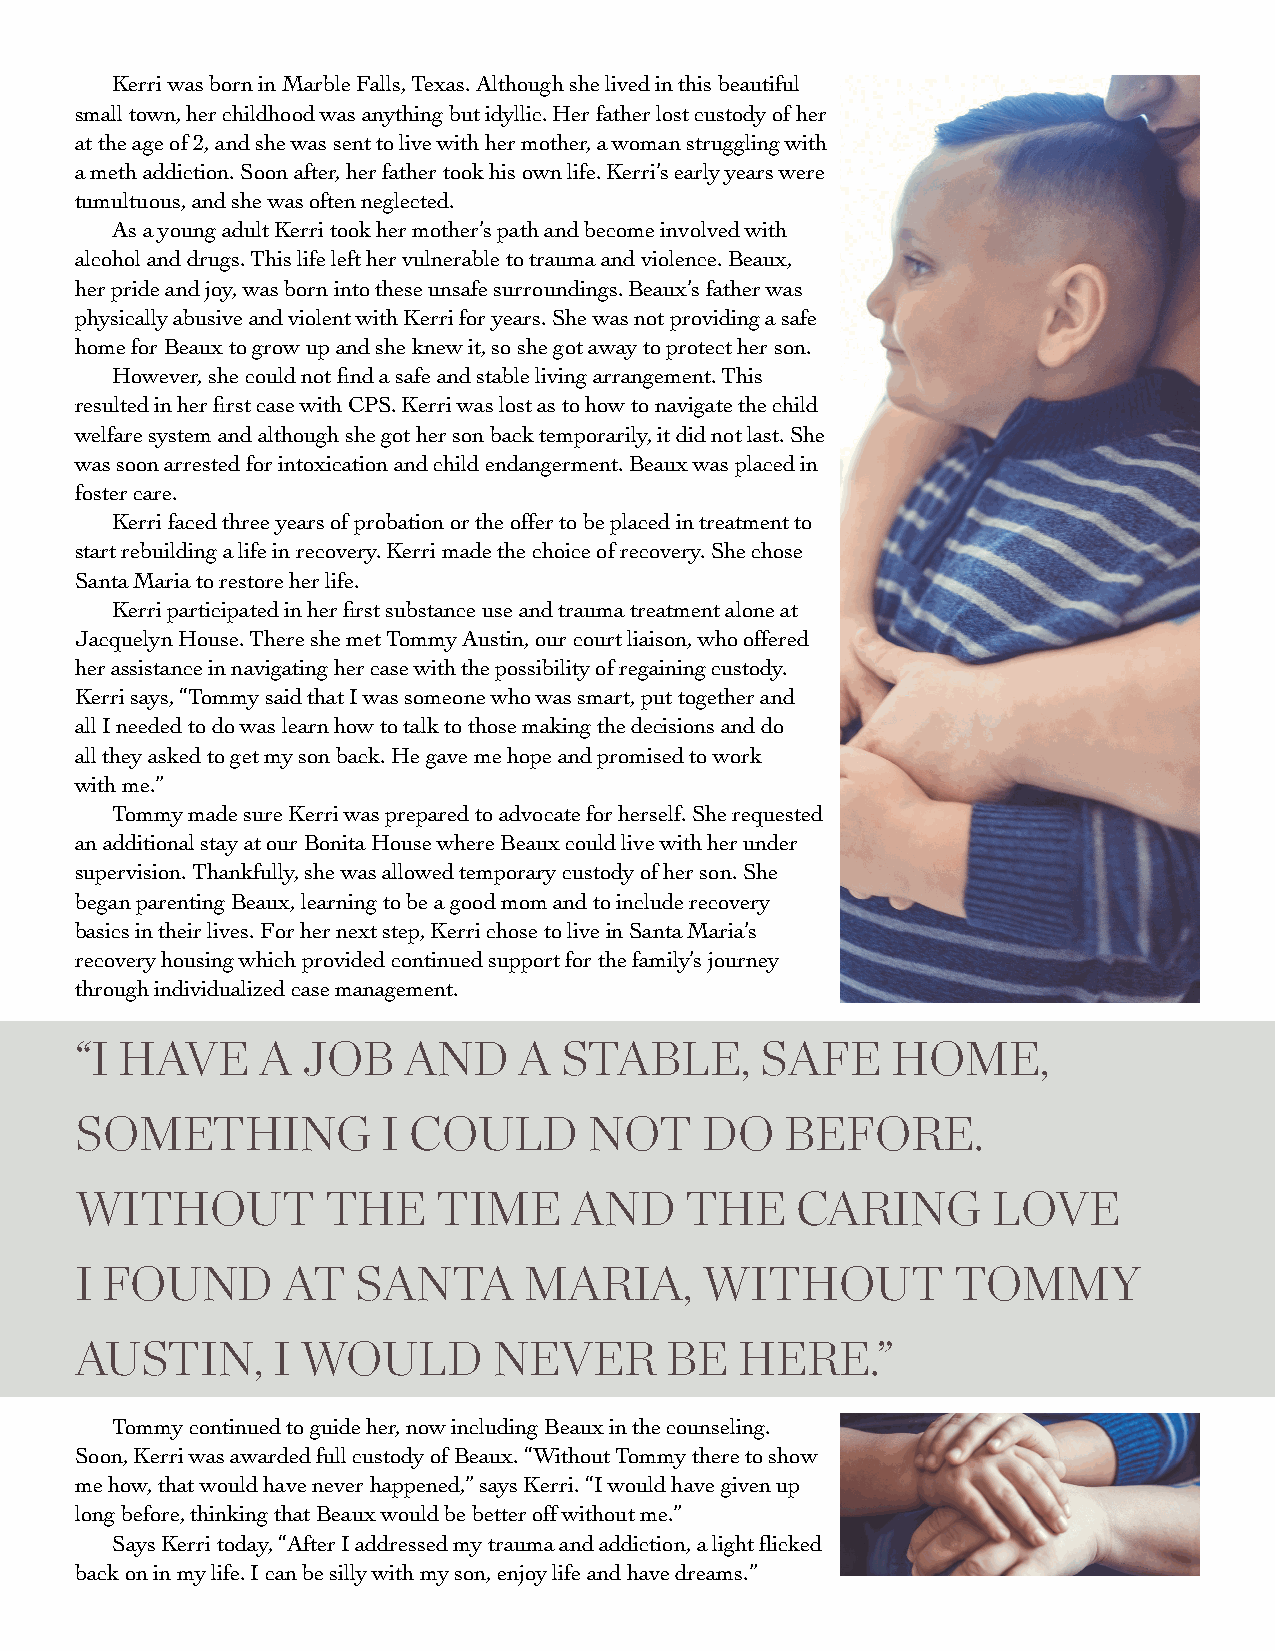
Kerri was born in Marble Falls, Texas. Although she lived in this beautiful
 small town, her childhood was anything but idyllic. Her father lost custody of her
 at the age of 2, and she was sent to live with her mother, a woman struggling with
 a meth addiction. Soon after, her father took his own life. Kerri’s early years were
 tumultuous, and she was often neglected.
 As a young adult Kerri took her mother’s path and become involved with
 alcohol and drugs. This life left her vulnerable to trauma and violence. Beaux,
 her pride and joy, was born into these unsafe surroundings. Beaux’s father was
 physically abusive and violent with Kerri for years. She was not providing a safe
 home for Beaux to grow up and she knew it, so she got away to protect her son.
 However, she could not find a safe and stable living arrangement. This
 resulted in her first case with CPS. Kerri was lost as to how to navigate the child
 welfare system and although she got her son back temporarily, it did not last. She
 was soon arrested for intoxication and child endangerment. Beaux was placed in
 foster care.
 Kerri faced three years of probation or the offer to be placed in treatment to
 start rebuilding a life in recovery. Kerri made the choice of recovery. She chose
 Santa Maria to restore her life.
 Kerri participated in her first substance use and trauma treatment alone at
 Jacquelyn House. There she met Tommy Austin, our court liaison, who offered
 her assistance in navigating her case with the possibility of regaining custody.
 Kerri says, “Tommy said that I was someone who was smart, put together and
 all I needed to do was learn how to talk to those making the decisions and do
 all they asked to get my son back. He gave me hope and promised to work
 with me.”
 Tommy made sure Kerri was prepared to advocate for herself. She requested
 an additional stay at our Bonita House where Beaux could live with her under
 supervision. Thankfully, she was allowed temporary custody of her son. She
 began parenting Beaux, learning to be a good mom and to include recovery
 basics in their lives. For her next step, Kerri chose to live in Santa Maria’s
 recovery housing which provided continued support for the family’s journey
 through individualized case management.
 “I HAVE     A  JOB    AND    A  STABLE,      SAFE     HOME,
 SOMETHING           I COULD       NOT     DO   BEFORE.
 WITHOUT          THE    TIME     AND    THE     CARING       LOVE
 I FOUND       AT   SANTA      MARIA,      WITHOUT         TOMMY
 AUSTIN,      I WOULD        NEVER      BE   HERE.”
 Tommy continued to guide her, now including Beaux in the counseling.
 Soon, Kerri was awarded full custody of Beaux. “Without Tommy there to show
 me how, that would have never happened,” says Kerri. “I would have given up
 long before, thinking that Beaux would be better off without me.”
 Says Kerri today, “After I addressed my trauma and addiction, a light flicked
 back on in my life. I can be silly with my son, enjoy life and have dreams.”